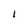
Character: 1